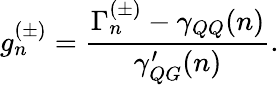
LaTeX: g_{n}^{(\pm)}=\frac{\Gamma_{n}^{(\pm)}-\gamma_{QQ}(n)}{\gamma_{QG}^{\prime}(n)}.